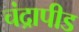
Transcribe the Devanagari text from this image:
चंद्रापीड